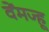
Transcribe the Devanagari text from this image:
वेंमज्हू